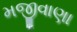
મજીવાણા